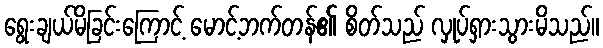
ရွေးချယ်မိခြင်းကြောင့် မောင့်ဘက်တန်၏ စိတ်သည် လှုပ်ရှားသွားမိသည်။